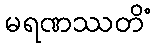
မရဏဿတိံ